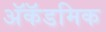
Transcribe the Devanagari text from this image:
अॅकॅडमिक